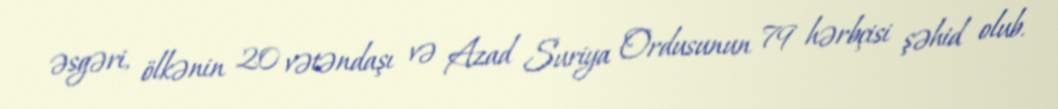
əsgəri, ölkənin 20 vətəndaşı və Azad Suriya Ordusunun 79 hərbçisi şəhid olub.